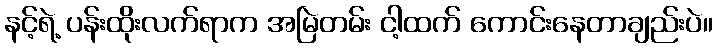
နင့်ရဲ့ ပန်းထိုးလက်ရာက အမြဲတမ်း ငါ့ထက် ကောင်းနေတာချည်းပဲ။